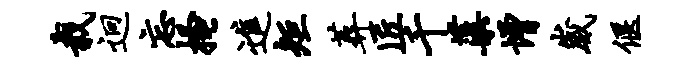
栽迥忘搔进矩葬匠千蕖增崴偃